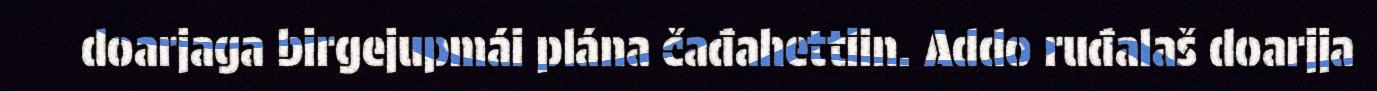
doarjaga birgejupmái plána čađahettiin. Addo ruđalaš doarjja